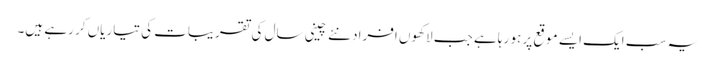
یہ سب ایک ایسے موقع پر ہو رہا ہے جب لاکھوں افراد نئے چینی سال کی تقریبات کی تیاریاں کر رہے ہیں۔